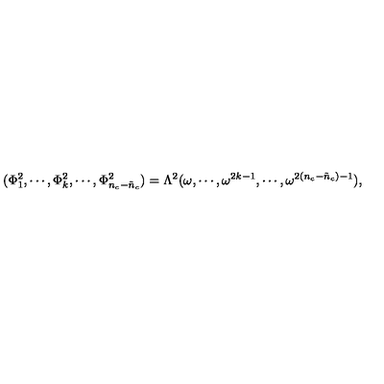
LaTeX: ( \Phi _ { 1 } ^ { 2 } , \cdots , \Phi _ { k } ^ { 2 } , \cdots , \Phi _ { n _ { c } - \tilde { n } _ { c } } ^ { 2 } ) = \Lambda ^ { 2 } ( \omega , \cdots , \omega ^ { 2 k - 1 } , \cdots , \omega ^ { 2 ( n _ { c } - \tilde { n } _ { c } ) - 1 } ) ,